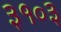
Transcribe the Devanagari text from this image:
३१०३